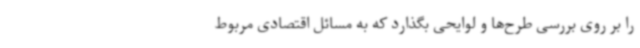
را بر روی بررسی طرح‌ها و لوایحی بگذارد که به مسائل اقتصادی مربوط